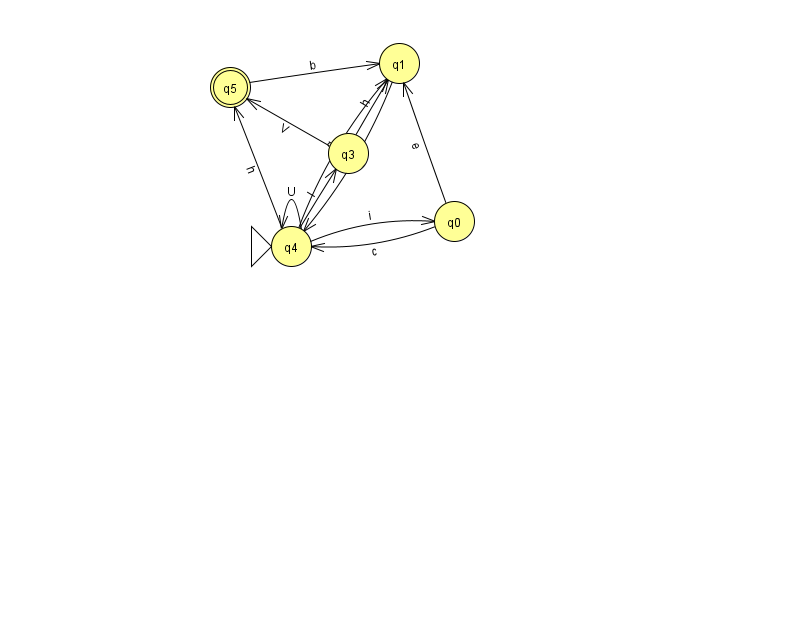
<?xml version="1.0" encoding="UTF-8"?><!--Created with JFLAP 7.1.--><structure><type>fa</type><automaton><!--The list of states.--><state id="0" name="q0"><x>454.0</x><y>208.0</y></state><state id="1" name="q1"><x>399.0</x><y>50.0</y></state><state id="3" name="q3"><x>348.0</x><y>140.0</y></state><state id="4" name="q4"><x>291.0</x><y>233.0</y><initial/></state><state id="5" name="q5"><x>230.0</x><y>74.0</y><final/></state><!--The list of transitions.--><transition><from>0</from><to>4</to><read>c</read></transition><transition><from>3</from><to>5</to><read>V</read></transition><transition><from>4</from><to>3</to><read>l</read></transition><transition><from>4</from><to>4</to><read>U</read></transition><transition><from>5</from><to>1</to><read>b</read></transition><transition><from>4</from><to>5</to><read>h</read></transition><transition><from>3</from><to>1</to><read>h</read></transition><transition><from>1</from><to>4</to><read>a</read></transition><transition><from>4</from><to>1</to><read>q</read></transition><transition><from>4</from><to>0</to><read>i</read></transition><transition><from>0</from><to>1</to><read>e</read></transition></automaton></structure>